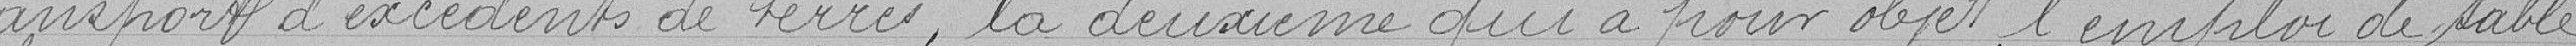
transport d'excédents de terres, la deuxième qui a pour objet l'emploi de sable